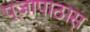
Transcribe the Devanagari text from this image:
पूजापाठास